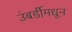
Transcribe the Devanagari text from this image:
उंबर्डीमधून